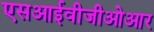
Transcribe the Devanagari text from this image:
एसआईवीजीओआर